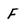
Character: f